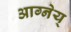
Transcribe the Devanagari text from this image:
आग्नेय्